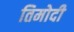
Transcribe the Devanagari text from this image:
तिमोदी